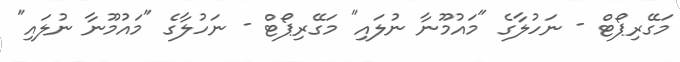
މަގޭރިޕޯޓް - ނަހުލާގެ "މައުމޫނާ ނުލައި" މަގޭރިޕޯޓް - ނަހުލާގެ "މައުމޫނާ ނުލައި"